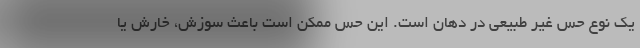
یک نوع حس غیر طبیعی در دهان است. این حس ممکن است باعث سوزش، خارش یا